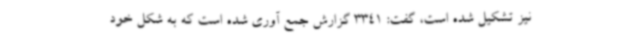
نیز تشکیل شده است، گفت: 3341 گزارش جمع آوری شده است که به شکل خود